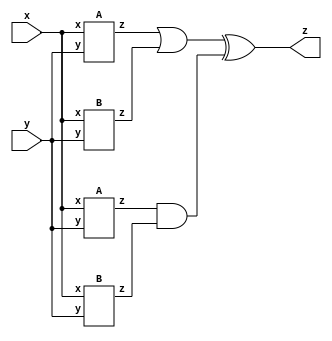
module top_module (input x, input y, output z);
    wire [3:0] z_tmp;
    A IA1(.x(x), .y(y), .z(z_tmp[0]));
    A IA2(.x(x), .y(y), .z(z_tmp[2]));
    B IB1(.x(x), .y(y), .z(z_tmp[1]));
    B IB2(.x(x), .y(y), .z(z_tmp[3]));
    
    assign z = (z_tmp[0] | z_tmp[1]) ^ (z_tmp[2] & z_tmp[3]);
endmodule

module A (input x, input y, output z);
    assign z = (x^y) & x;
endmodule

module B ( input x, input y, output z );
    
    assign z = x ~^ y;
    
endmodule